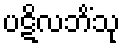
ပဋိလဘိံသု